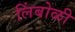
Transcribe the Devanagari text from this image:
लिंबोळी